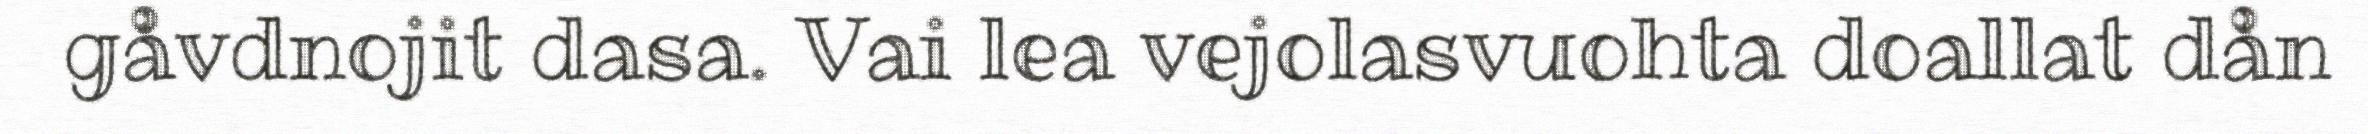
gåvdnojit dasa. Vai lea vejolasvuohta doallat dån